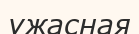
ужасная